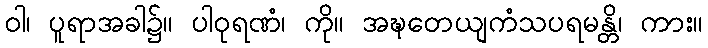
ဝါ၊ ပူရာအခါ၌။ ပါဝုရဏံ၊ ကို။ အဍ္ဎတေယျကံသပရမန္တိ၊ ကား။